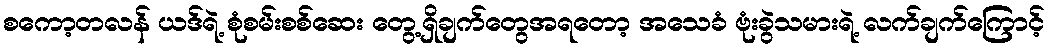
စကော့တလန် ယဒ်ရဲ့ စုံစမ်းစစ်ဆေး တွေ့ရှိချက်တွေအရတော့ အသေခံ ဗုံးခွဲသမားရဲ့ လက်ချက်ကြောင့်